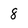
Character: 8